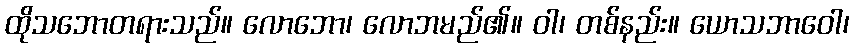
ထိုသဘောတရားသည်။ လောဘော၊ လောဘမည်၏။ ဝါ၊ တစ်နည်း။ ယောသဘာဝေါ၊